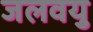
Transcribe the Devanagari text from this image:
जलवयु